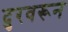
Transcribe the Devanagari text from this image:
दुरवरून